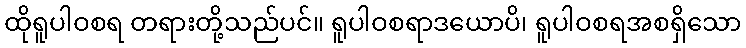
ထိုရူပါဝစရ တရားတို့သည်ပင်။ ရူပါဝစရာဒယောပိ၊ ရူပါဝစရအစရှိသော